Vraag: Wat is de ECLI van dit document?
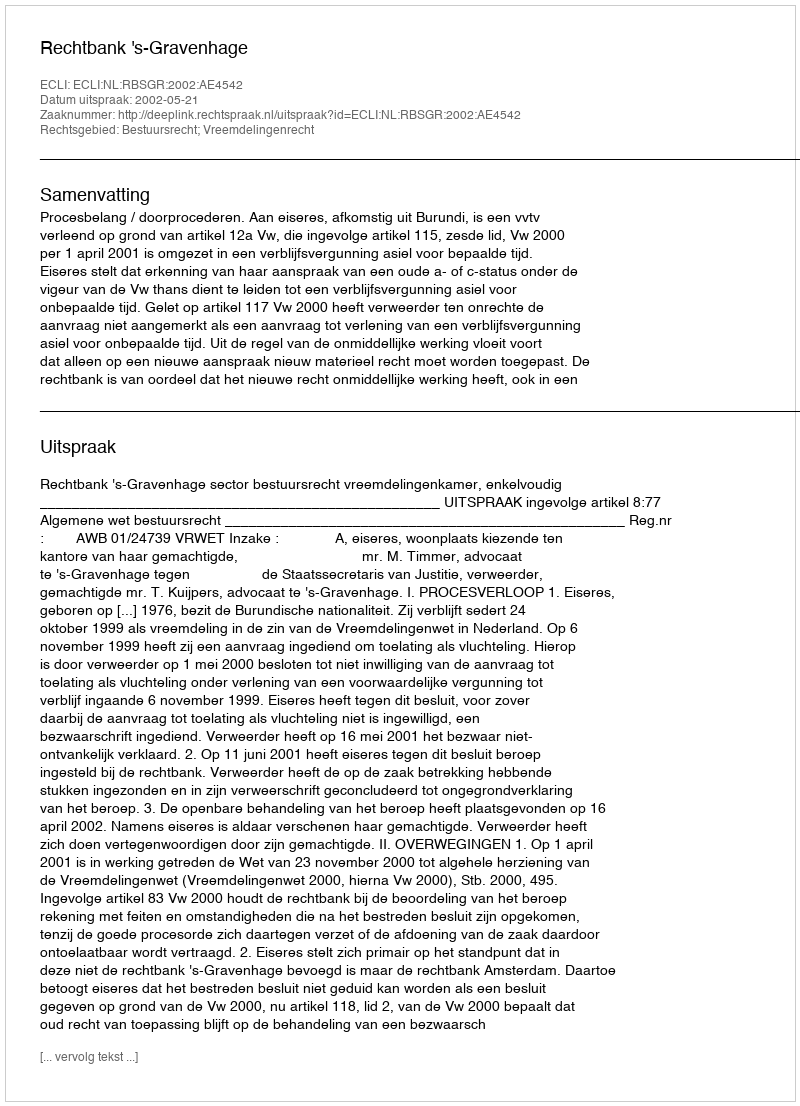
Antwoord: ECLI:NL:RBSGR:2002:AE4542